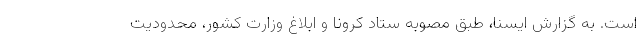
است. به گزارش ایسنا، طبق مصوبه ستاد کرونا و ابلاغ وزارت کشور، محدودیت